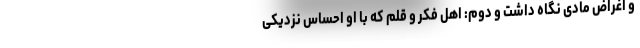
و اغراض مادی نگاه داشت و دوم: اهل فکر و قلم که با او احساس نزدیکی